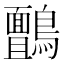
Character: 𮭙